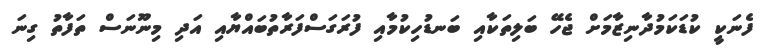
ފެނަކީ ކުޑަކަމުދާނިޒާމަށް ޖެހޭ ބަލިތަކާއި ބަނޑުހިކުމާއި ފުރަގަސްފަރާތުބައްޔާއި އަދި މިނޫނަސް ތަފާތު ގިނަ